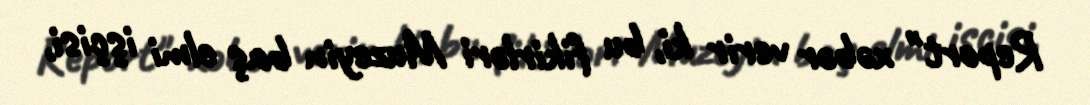
Report" xəbər verir ki, bu fikirləri Muzeyin baş elmi işçisi,